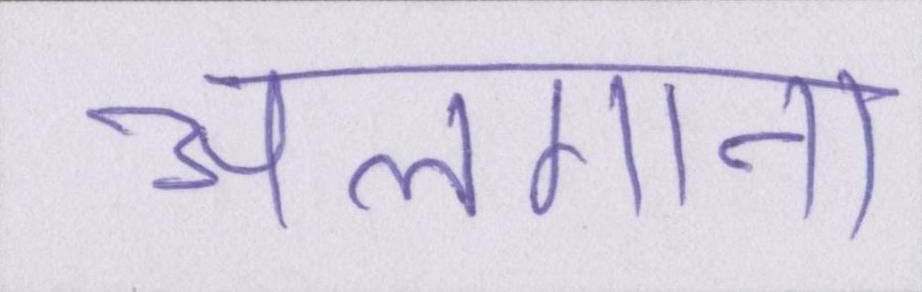
अलगाना